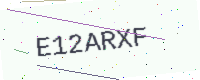
Text: E12ARXF